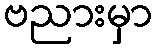
ဗညားမှာ